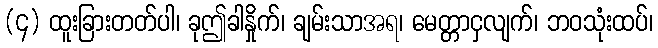
(၄) ထူးခြားတတ်ပါ၊ ခုဤခါနှိုက်၊ ချမ်းသာအရ၊ မေတ္တာငှလျက်၊ ဘဝသုံးထပ်၊